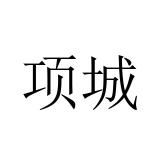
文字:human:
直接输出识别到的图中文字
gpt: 项城